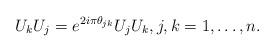
LaTeX: \begin{align*} U_kU_j = e^{2i\pi \theta_{jk}} U_jU_k, j,k=1, \ldots, n. \end{align*}